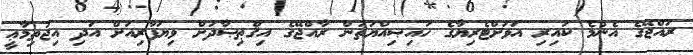
ރައްޖޭގެ އެންމެ ކައިރި އަވަށްޓެރިޔާގެ ހައިޞިއްޔަތުން ރާއްޖޭގެ އިޤްޠިޞާދަށް ވިޔަފާރިއަށް އަދި އިޖުތިމާޢީ